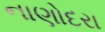
નાણોદરા